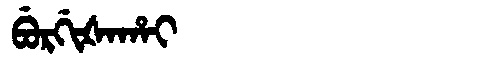
Manchu: ᠪᡠᡵᡤᡳᡧᠠᡥᠠᡳ
Romanization: BURGIŠAHAI